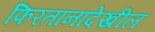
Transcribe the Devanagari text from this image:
फिरतानादेखील